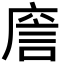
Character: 𢉲